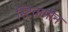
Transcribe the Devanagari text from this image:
स्टिवामीन